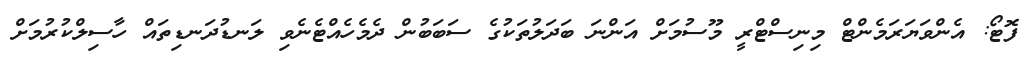
ފޮޓޯ: އެންވަޔަރަމެންޓް މިނިސްޓްރީ މޫސުމަށް އަންނަ ބަދަލުތަކުގެ ސަބަބުން ދެމެހެއްޓެނެވި ލަނޑުދަނޑިތައް ހާސިލްކުރުމަށް